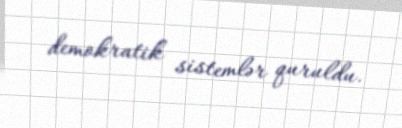
demokratik sistemlər quruldu.